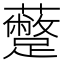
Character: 𮜣